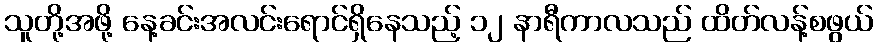
သူတို့အဖို့ နေ့ခင်းအလင်းရောင်ရှိနေသည့် ၁၂ နာရီကာလသည် ထိတ်လန့်စဖွယ်